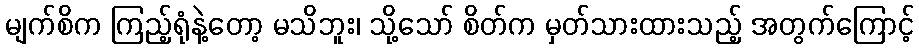
မျက်စိက ကြည့်ရုံနဲ့တော့ မသိဘူး၊ သို့သော် စိတ်က မှတ်သားထားသည့် အတွက်ကြောင့်